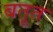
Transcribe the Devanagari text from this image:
बतूत